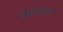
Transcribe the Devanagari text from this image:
वाटसन।